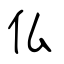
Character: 仏